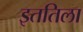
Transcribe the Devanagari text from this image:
इततिला